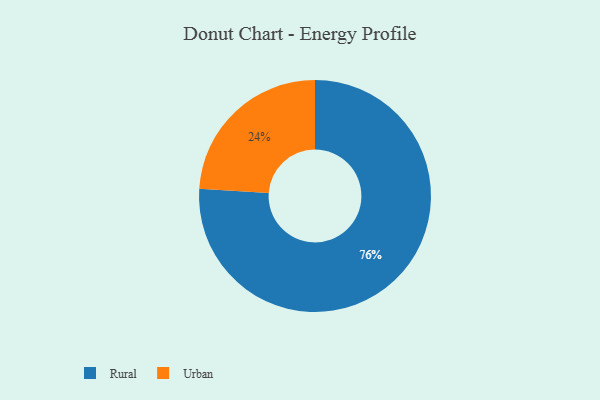
{"axis": {"x": "Category", "y": "Percentage"}, "legend": ["Rural", "Urban"], "data": [{"x": "Rural", "y": 76, "type": "Rural"}, {"x": "Urban", "y": 24, "type": "Urban"}]}